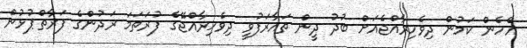
އެހެން ކަމުން ދިވެހިރާއްޖެއަށް ބުދު ދީން ތައާރަފުވީ ދިވެހިރާއްޖޭގެ ފުރަތަމަ ރަދުންގެ ފަރާތްޕުޅުން